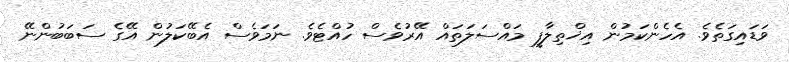
ވަޑައިގަތެވެ. އެހެންކަމުން އިޚްތިލާފީ މައްސަލަތައް އޭރުވެސް ހުއްޓެވެ. ނަމަވެސް އެބޭކަލުން އޭގެ ސަބަބުންނޭ